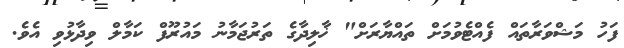
ފަހު މަޝްވަރާތައް ފެއްޓެވުމަށް ތައްޔާރަށް" ޚާލިދާގެ ތަރުޖަމާނު މައުރޫފް ކަމާލް ވިދާޅުވި އެވެ.